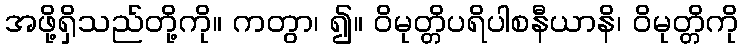
အဖို့ရှိသည်တို့ကို။ ကတွာ၊ ၍။ ဝိမုတ္တိပရိပါစနီယာနိ၊ ဝိမုတ္တိကို